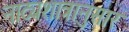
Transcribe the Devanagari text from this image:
नाट्यशात्रानुसार